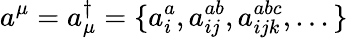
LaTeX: a^{\mu}=a_{\mu}^{\dagger}=\{ a_{i}^{a},a_{ij}^{ab},a_{ijk}^{abc},...\}